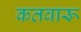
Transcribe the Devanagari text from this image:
कतवारू